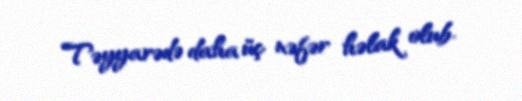
Təyyarədə daha üç nəfər həlak olub.